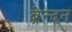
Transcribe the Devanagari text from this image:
ब्रेन्दन